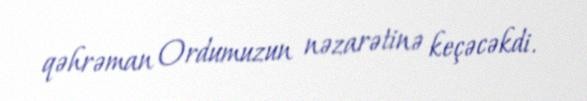
qəhrəman Ordumuzun nəzarətinə keçəcəkdi.